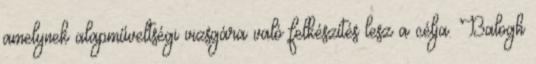
amelynek alapműveltségi vizsgára való felkészítés lesz a célja. Balogh